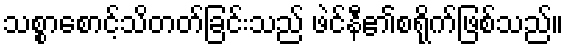
သစ္စာစောင့်သိတတ်ခြင်းသည် ဖဲင်နီ၏စရိုက်ဖြစ်သည်။